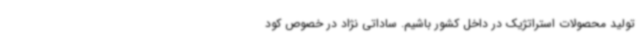
تولید محصولات استراتژیک در داخل کشور باشیم. ساداتی نژاد در خصوص کود